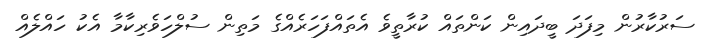
ސަރުކާރުން މިފަދަ ބީދައިން ކަންތައް ކުރާތީވެ އެތައްފަހަރެއްގެ މަތިން ސުލްހަވެރިކާމާ އެކު ހައްލެއް